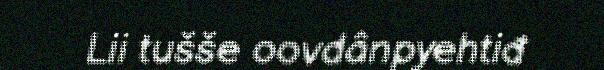
Lii tušše oovdânpyehtiđ